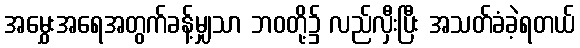
အမွှေးအရေအတွက်ခန့်မျှသာ ဘဝတို့၌ လည်လှီးပြီး အသတ်ခံခဲ့ရတယ်